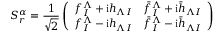
S _ { r } ^ { \alpha } = { \frac { 1 } { \sqrt { 2 } } } \left( \begin{array} { l l } { { f _ { I } ^ { \Lambda } + \mathrm { i } h _ { \Lambda I } } } & { { \bar { f } _ { I } ^ { \Lambda } + \mathrm { i } \bar { h } _ { \Lambda I } } } \\ { { f _ { I } ^ { \Lambda } - \mathrm { i } h _ { \Lambda I } } } & { { \bar { f } _ { I } ^ { \Lambda } - \mathrm { i } \bar { h } _ { \Lambda I } } } \end{array} \right)